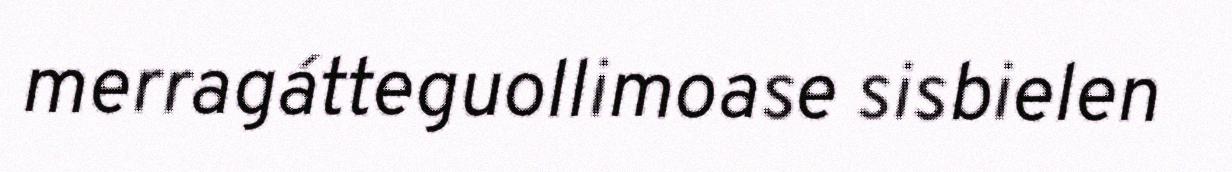
merragátteguollimoase sisbielen